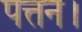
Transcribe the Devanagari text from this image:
पत्तन।